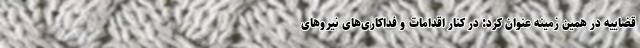
قضاییه در همین زمینه عنوان کرد: در کنار اقدامات و فداکاری‌های نیروهای